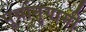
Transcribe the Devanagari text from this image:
पूर्वानुगामी